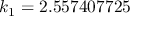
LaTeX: k _ { 1 } = 2 . 5 5 7 4 0 7 7 2 5